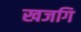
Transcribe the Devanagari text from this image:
खजगि